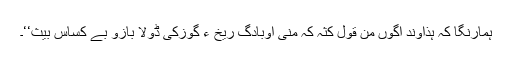
ہمارنگا کہ ہذاوند اگوں من قول کثہ کہ منی اوبادگ ریخ ءِ گوزکی ڈولا بازو بے کساس بیث‘‘۔